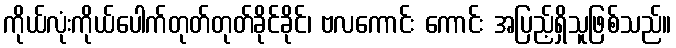
ကိုယ်လုံးကိုယ်ပေါက်တုတ်တုတ်ခိုင်ခိုင်၊ ဗလကောင်း ကောင်း အပြည့်ရှိသူဖြစ်သည်။